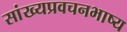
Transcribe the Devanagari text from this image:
सांख्यप्रवचनभाष्य